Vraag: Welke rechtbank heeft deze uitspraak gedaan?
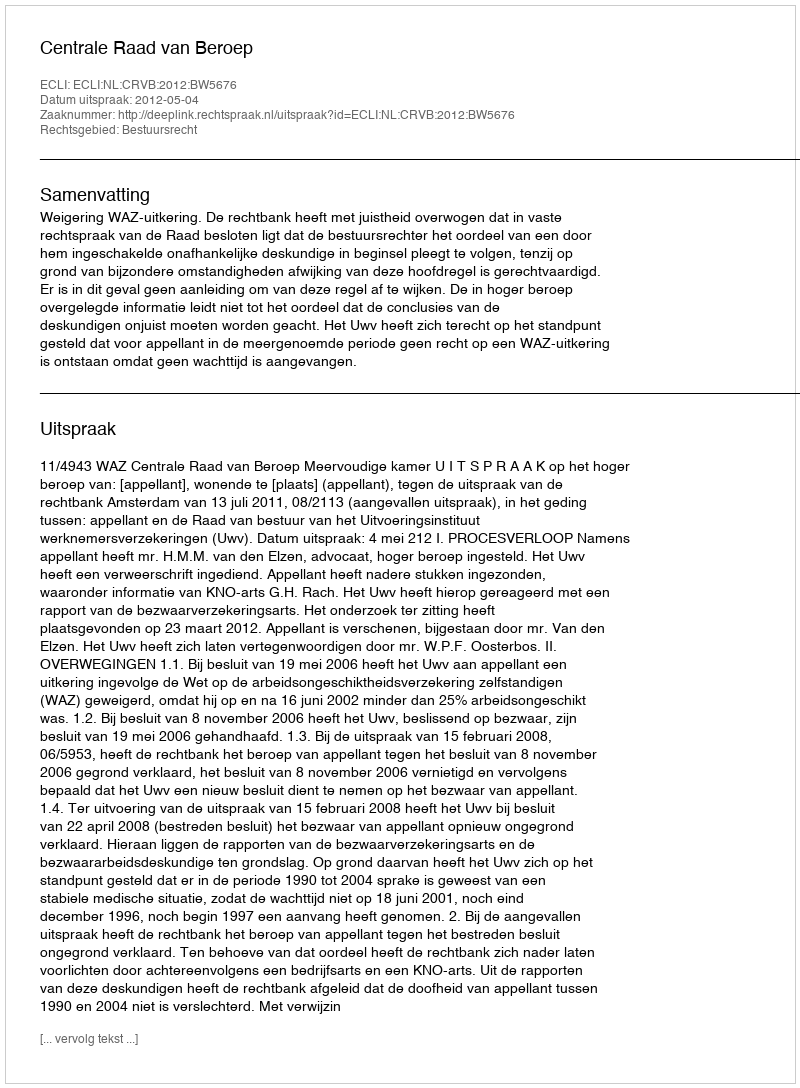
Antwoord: Centrale Raad van Beroep